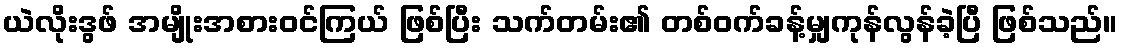
ယဲလိုးဒွဖ် အမျိုးအစားဝင်ကြယ် ဖြစ်ပြီး သက်တမ်း၏ တစ်ဝက်ခန့်မျှကုန်လွန်ခဲ့ပြီ ဖြစ်သည်။